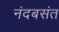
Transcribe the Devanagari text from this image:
नंदबसंत